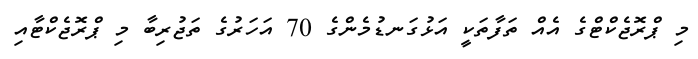
މި ޕްރޮޖެކްޓްގެ އެއް ތަފާތަކީ އަޅުގަނޑުމެންގެ 70 އަހަރުގެ ތަޖުރިބާ މި ޕްރޮޖެކްޓާއި